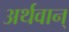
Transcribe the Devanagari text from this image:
अर्थवान्